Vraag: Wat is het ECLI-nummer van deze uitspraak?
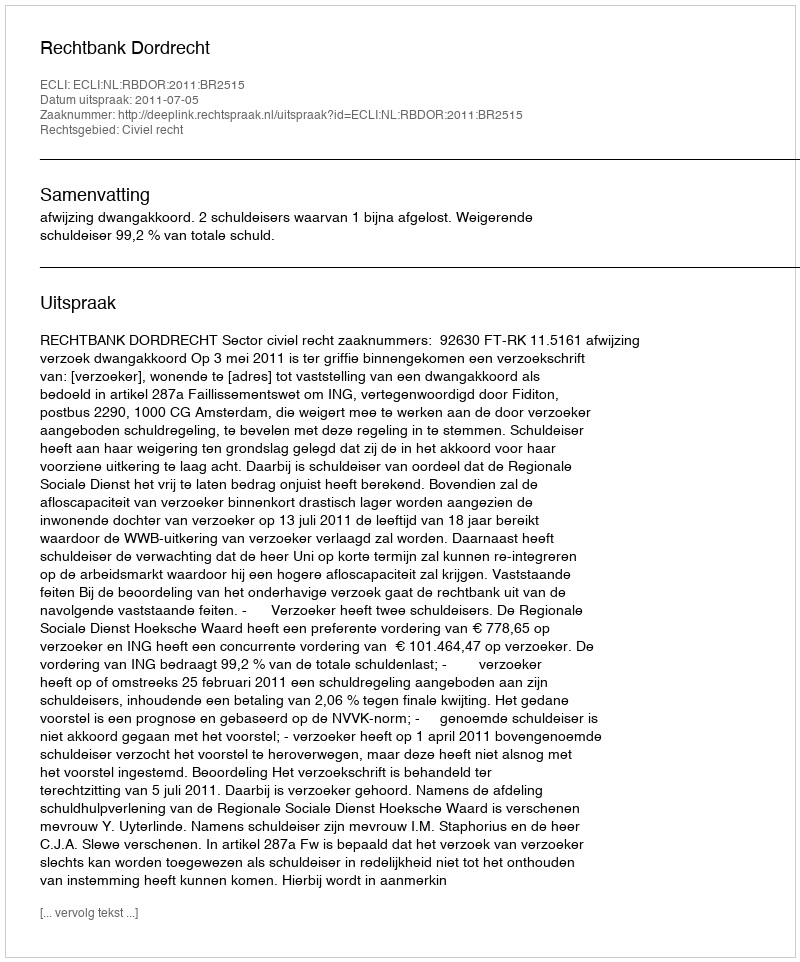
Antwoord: ECLI:NL:RBDOR:2011:BR2515